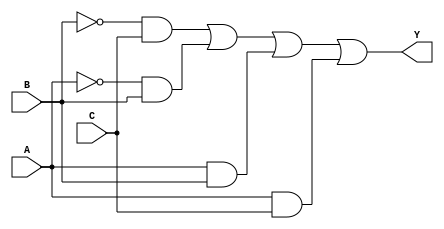
module combinational_logic (
    input wire A,
    input wire B,
    input wire C,
    output wire Y
);

// Define the output based on the truth table
// Let's assume the following truth table:
// A B C | Y
// 0 0 0 | 0
// 0 0 1 | 1
// 0 1 0 | 1
// 0 1 1 | X (don't care)
// 1 0 0 | 0
// 1 0 1 | X (don't care)
// 1 1 0 | 1
// 1 1 1 | 1

// The minimized expression considering don't care conditions
// From the truth table, we can derive the following simplified expression:
// Y = B'C + A'B + AB + AC

assign Y = (~B & C) | (~A & B) | (A & B) | (A & C);

endmodule